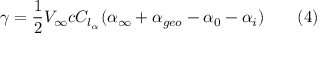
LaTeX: \gamma = { \frac { 1 } { 2 } } V _ { \infty } c C _ { l _ { \alpha } } ( \alpha _ { \infty } + \alpha _ { g e o } - \alpha _ { 0 } - \alpha _ { i } ) \qquad ( 4 )